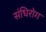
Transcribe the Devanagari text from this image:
संधिरोग